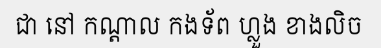
ជា នៅ កណ្តាល កងទ័ព ហ្លួង ខាងលិច